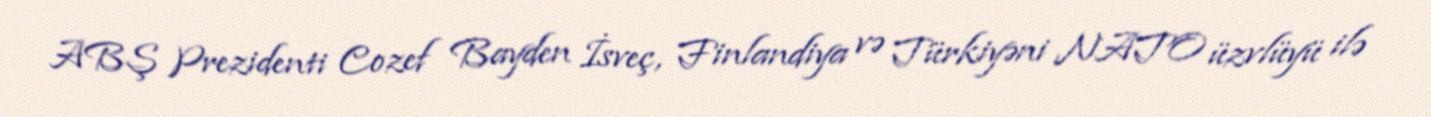
ABŞ Prezidenti Cozef Bayden İsveç, Finlandiya və Türkiyəni NATO üzvlüyü ilə